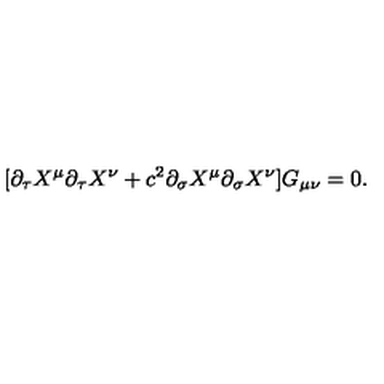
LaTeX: [ \partial _ { \tau } X ^ { \mu } \partial _ { \tau } X ^ { \nu } + c ^ { 2 } \partial _ { \sigma } X ^ { \mu } \partial _ { \sigma } X ^ { \nu } ] G _ { \mu \nu } = 0 .